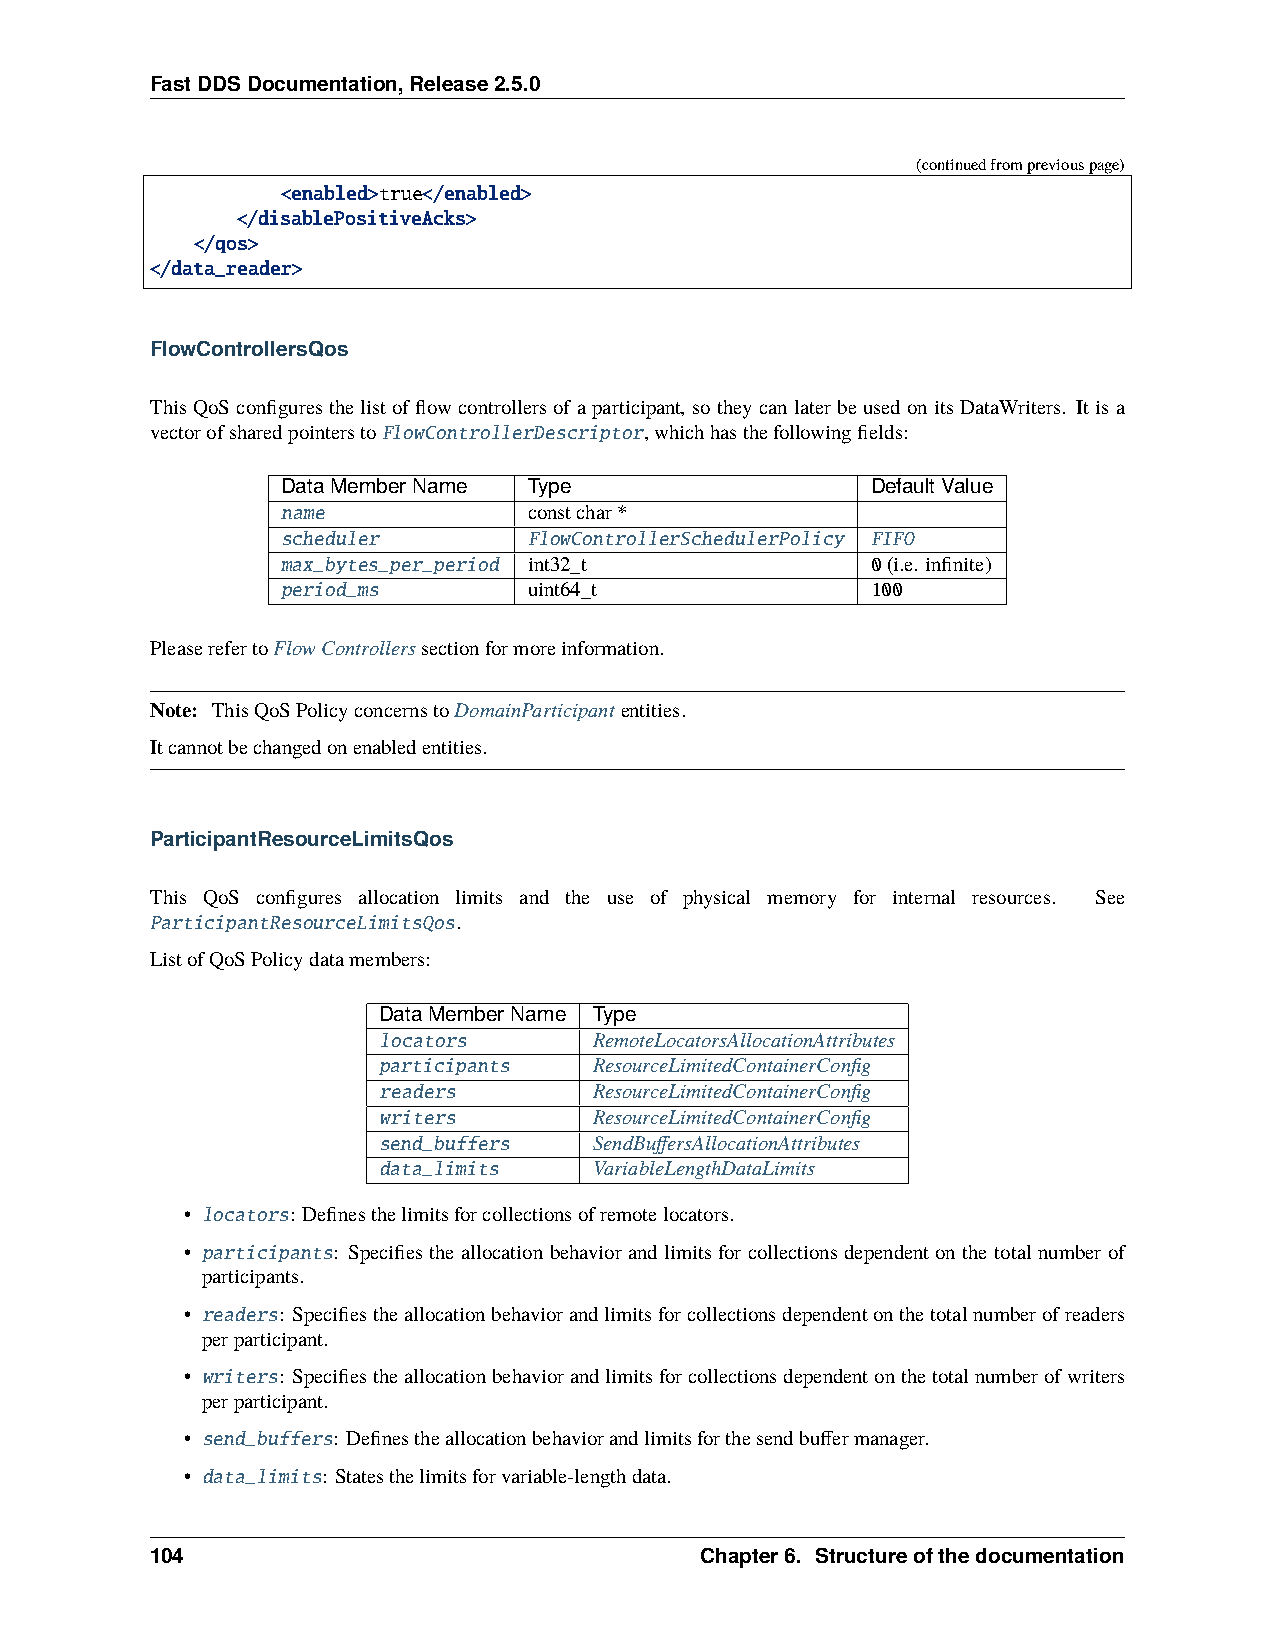
FastDDSDocumentation,Release2.5.0
 (continuedfrompreviouspage)
 <enabled>true</enabled>
 </disablePositiveAcks>
 </qos>
 </data_reader>
 FlowControllersQos
 This QoS configuresthe list of flow controllers ofa participant, so they canlater be used on itsDataWriters. It is a
 vectorofsharedpointerstoFlowControllerDescriptor,whichhasthefollowingfields:
 DataMemberName  Type                   DefaultValue
 name            constchar*
 scheduler       FlowControllerSchedulerPolicy FIFO
 max_bytes_per_period int32_t           0(i.e. infinite)
 period_ms       uint64_t               100
 PleaserefertoFlowControllerssectionformoreinformation.
 Note: ThisQoSPolicyconcernstoDomainParticipantentities.
 Itcannotbechangedonenabledentities.
 ParticipantResourceLimitsQos
 This QoS configures allocation limits and the use of physical memory for internal resources. See
 ParticipantResourceLimitsQos.
 ListofQoSPolicydatamembers:
 DataMemberName Type
 locators      RemoteLocatorsAllocationAttributes
 participants  ResourceLimitedContainerConfig
 readers       ResourceLimitedContainerConfig
 writers       ResourceLimitedContainerConfig
 send_buffers  SendBuffersAllocationAttributes
 data_limits   VariableLengthDataLimits
 • locators: Definesthelimitsforcollectionsofremotelocators.
 • participants: Specifies the allocation behavior and limits for collections dependent on the total number of
 participants.
 • readers: Specifiestheallocationbehaviorandlimitsforcollectionsdependentonthetotalnumberofreaders
 perparticipant.
 • writers: Specifiestheallocationbehaviorandlimitsforcollectionsdependentonthetotalnumberofwriters
 perparticipant.
 • send_buffers: Definestheallocationbehaviorandlimitsforthesendbuffermanager.
 • data_limits: Statesthelimitsforvariable-lengthdata.
 104                                 Chapter6. Structureofthedocumentation